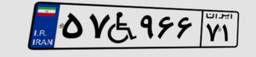
۵۷W۹۶۶۷۱